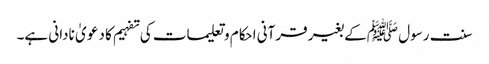
سنت رسول ﷺکے بغیر قرآنی احکام و تعلیمات کی تفہیم کا دعو یٰ نادانی ہے۔